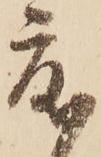
度